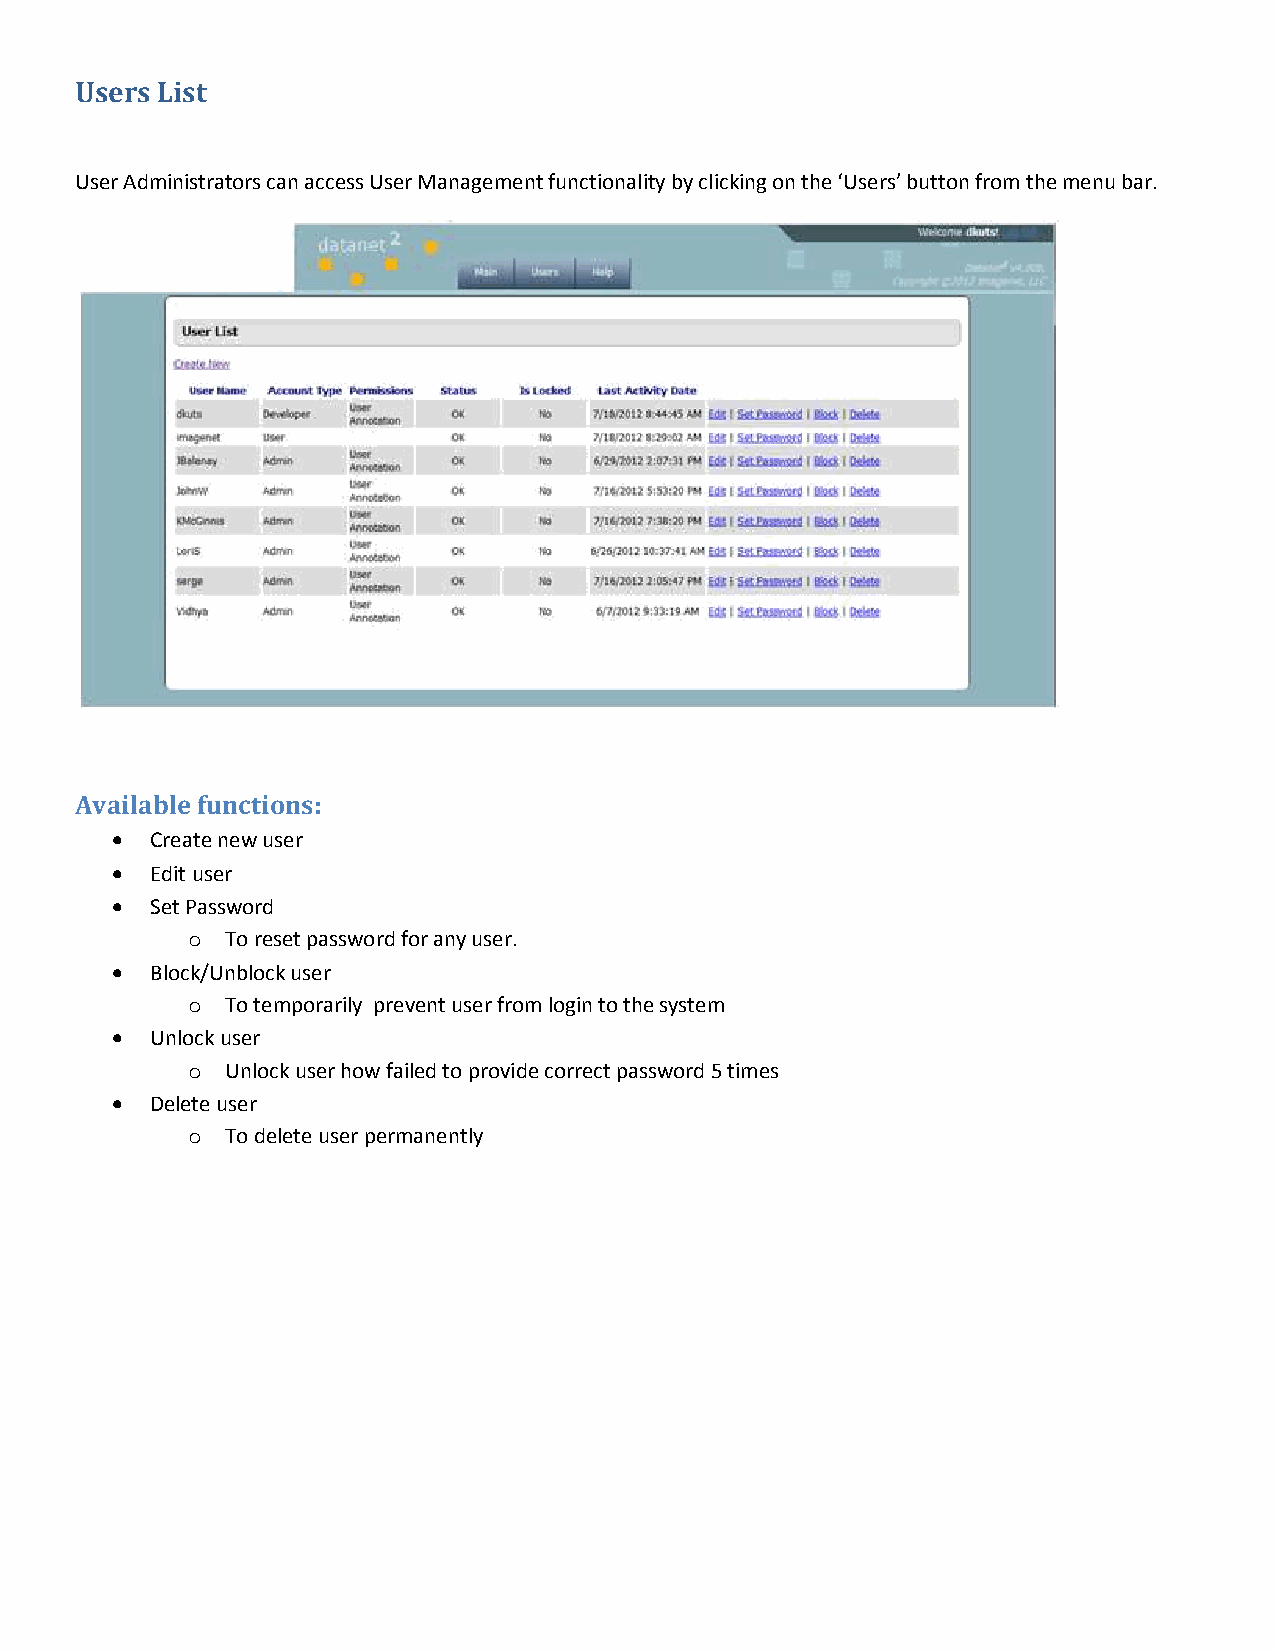
Users List
 User Administrators can access User Management functionality by clicking on the ‘Users’ button from the menu bar.
 Available functions:
   Create new user
   Edit user
   Set Password
 o  To reset password for any user.
   Block/Unblock user
 o  To temporarily prevent user from login to the system
   Unlock user
 o  Unlock user how failed to provide correct password 5 times
   Delete user
 o  To delete user permanently